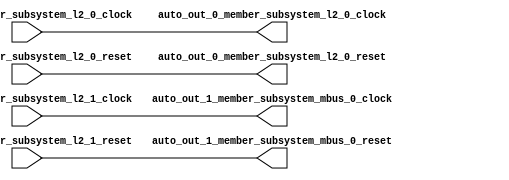
module ClockGroupAggregator_5(
  input   auto_in_member_subsystem_l2_1_clock,
  input   auto_in_member_subsystem_l2_1_reset,
  input   auto_in_member_subsystem_l2_0_clock,
  input   auto_in_member_subsystem_l2_0_reset,
  output  auto_out_1_member_subsystem_mbus_0_clock,
  output  auto_out_1_member_subsystem_mbus_0_reset,
  output  auto_out_0_member_subsystem_l2_0_clock,
  output  auto_out_0_member_subsystem_l2_0_reset
);
  assign auto_out_1_member_subsystem_mbus_0_clock = auto_in_member_subsystem_l2_1_clock; // @[Nodes.scala 1216:84 LazyModule.scala 312:16]
  assign auto_out_1_member_subsystem_mbus_0_reset = auto_in_member_subsystem_l2_1_reset; // @[Nodes.scala 1216:84 LazyModule.scala 312:16]
  assign auto_out_0_member_subsystem_l2_0_clock = auto_in_member_subsystem_l2_0_clock; // @[Nodes.scala 1216:84 LazyModule.scala 312:16]
  assign auto_out_0_member_subsystem_l2_0_reset = auto_in_member_subsystem_l2_0_reset; // @[Nodes.scala 1216:84 LazyModule.scala 312:16]
endmodule